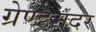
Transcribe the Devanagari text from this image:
ग्रेण्डमदर